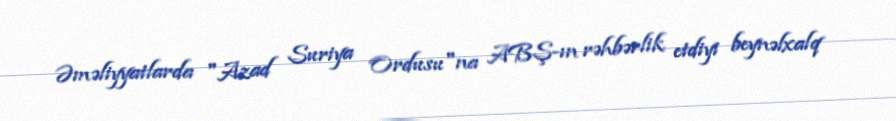
Əməliyyatlarda "Azad Suriya Ordusu"na ABŞ-ın rəhbərlik etdiyi beynəlxalq